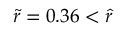
\tilde { r } = 0 . 3 6 < \hat { r }